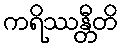
ကရိဿန္တီတိ